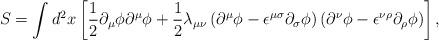
LaTeX: \begin{align*}S=\int d^{2}x\left[{\frac 1 2}{\partial}_{\mu}{\phi}{\partial}^{\mu}{\phi}+{\frac 1 2}{\lambda}_{{\mu}{\nu}}\left({\partial}^{\mu}{\phi}-{\epsilon}^{{\mu}{\sigma}}{\partial}_{\sigma}{\phi}\right)\left({\partial}^{\nu}{\phi}-{\epsilon}^{{\nu}{\rho}}{\partial}_{\rho}{\phi}\right)\right],\end{align*}